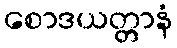
စောဒယတ္တာနံ